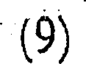
(9)